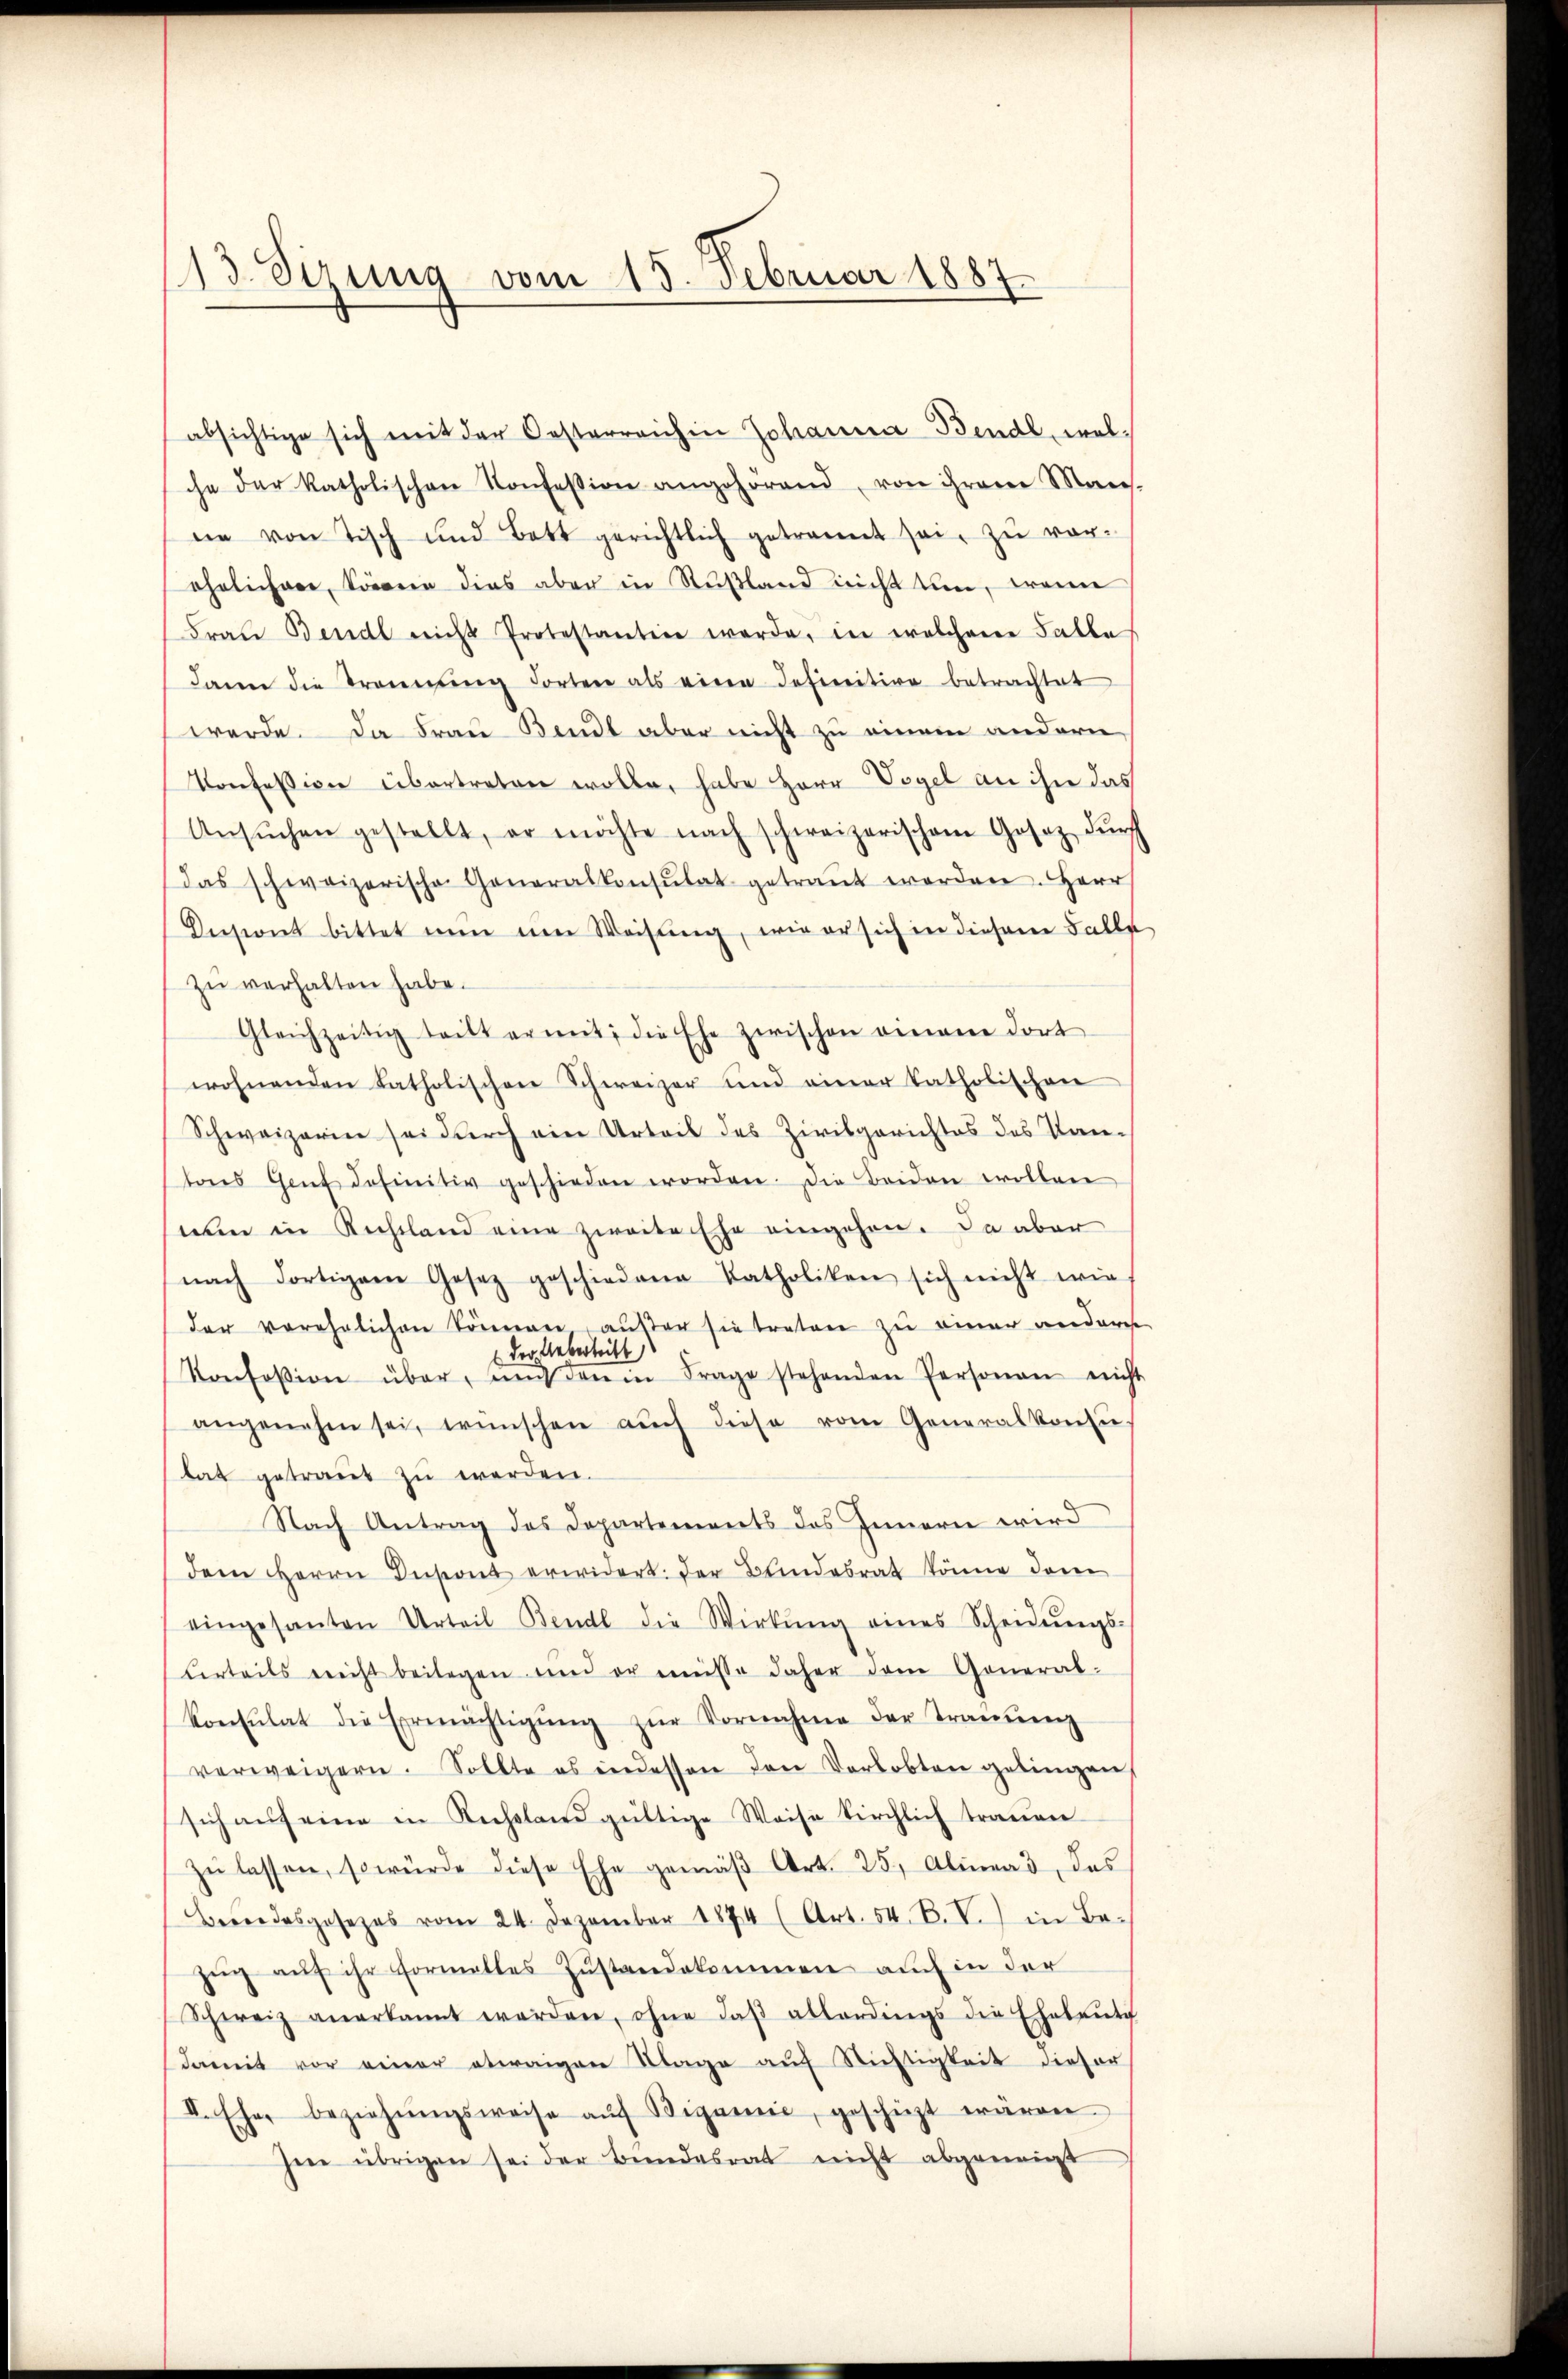
13. Sirung vom 15. Februar 1887.

absichtige sich mit der Oesterreich in Johanna Bendl, welche der katholischen Konfession angehörend, von ihrem Mans.
ne von Tisch und Bett gerichtlich getrannt sei, zŭ ver-
ehelicher, Sorein dies aber in Rußland nicht um, wenn
Fraŭ Bendl nicht Protestantin werde, in welchene Falle
dann die Trennung dorten als eine definitive betrachtet
werde. Da Frau Bendt aber nicht zu einem andern
Konfession übertreten wolle, habe Herr Vogel an ihn das
Ansŭchen gestellt, er möchte nach schweizerischem Gesez dŭrch
Das schweizerische Generalkonsulat getraŭt worden. Herr
Ansont bittet nŭn am Weisŭng, wie er sich in diesem Falle
zŭ verhalten habe.
Gleichzeitig teilt ermit, die Ehe zwischen einem dort
wohnenden katholischen Schweizer und einer katholischen
Schweizerin sei durch ein Urteil des Zivilgerichtes des Kan-
tons Genf dofinitiv geschieden worden. Die Beiden wollen
wen in Richtland eine zweite Ehe eingehen. Da aber
nach dortigem Gesez geschiedene Katholiken sich nicht wie
der verehelichen können, außer sie traten zu einer anderes
der Uebertritt
Konfession über, und darin Frage stehenden Personen nicht
angenehm sei, wünschen aŭch diese vom Generalkontŭ-
bat getraut zu werden.
Nach Antrag des Departements des Innern wird
dem Herrn Dusont erwidert der Bundesrat könne dami
eingesanten Urteil Bendl die Wirkŭng eines Scheidŭngs-
Certeils reicht beilagen und er müsse daher dem General-
konsulat die Ermächtigŭng zŭr Vornahme der Tranŭng
verweigern. Sollte es indessen den Verlobten gelingen
sich aŭf eine in Rechsland gültige Weise kirchlich traŭen
zŭ lassen, so würde diese Ehe gemäβ Art. 25, Alinas, das
Berndesgesezes vom 24. Dezember 1874 (Art. 54. B. V. in Be-
zŭg aŭf ihr Formelles Zŭstandekommen auch in der
Schweiz anerkannt werden, ohne daβ allerdings die Eheleute
damit vor einer etwaigen Tage aŭf Nichtigkeit dieser
II. Ehe beziehŭngsweise aŭf Bigamie, geschicht wären
hen übrigen sei der Bundesrat nicht abgeneigt